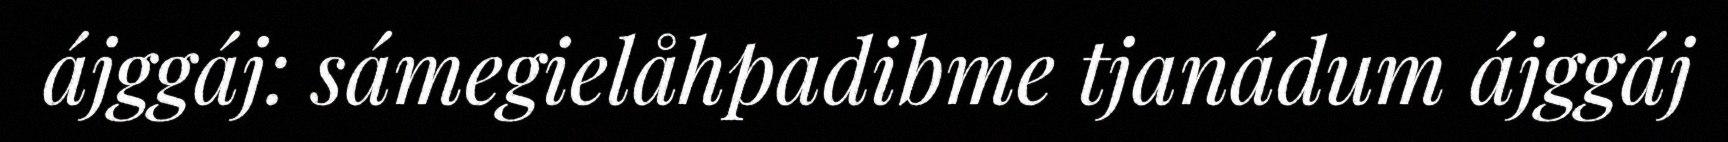
ájggáj: sámegielåhpadibme tjanádum ájggáj